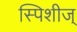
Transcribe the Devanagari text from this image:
स्पिशीज्‌